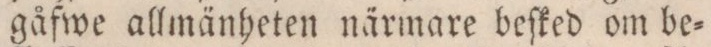
gåfwe allmänheten närmare beſked om be=